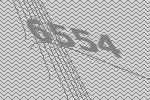
6554